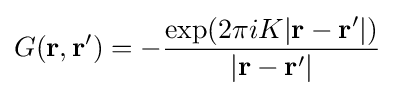
G(\mathbf {r,r'} )=-{\frac {\exp(2\pi iK|\mathbf {r-r'} |)}{|\mathbf {r-r'} |}}